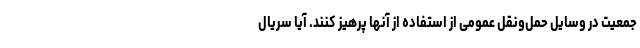
جمعیت در وسایل حمل‌ونقل عمومی از استفاده از آنها پرهیز کنند. آیا سریال